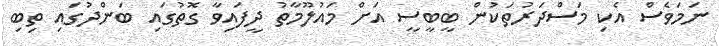
ނަމަވެސް އެކި މަސްދަރުތަކުން ބީބީސީ އަށް މައުލޫމާތު ދީފައިވާ ގޮތުގައި ބަންދުގައި ތިބި